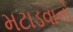
મટાડવાનો